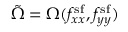
\tilde { \Omega } = \Omega ( f _ { x x } ^ { \mathrm { s f } } , f _ { y y } ^ { \mathrm { s f } } )